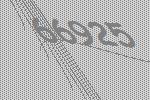
66925